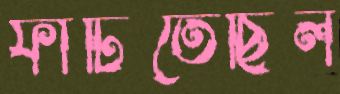
ফাটিতেছিল